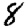
Digit: 8